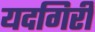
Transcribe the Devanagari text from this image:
यदगिरी